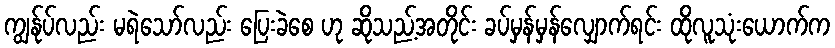
ကျွန်ုပ်လည်း မရဲသော်လည်း ပြေးခဲစေ ဟု ဆိုသည့်အတိုင်း ခပ်မှန်မှန်လျှောက်ရင်း ထိုလူသုံးယောက်က